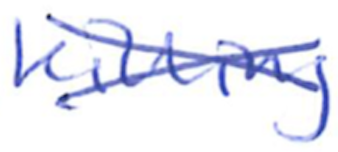
Text: killing
Cross-out: cross
Writing tool: ballpoint